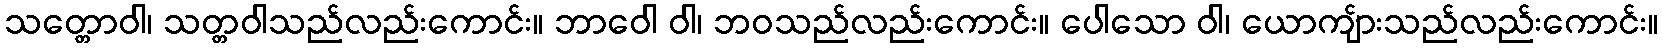
သတ္တောဝါ၊ သတ္တဝါသည်လည်းကောင်း။ ဘာဝေါ ဝါ၊ ဘဝသည်လည်းကောင်း။ ပေါသော ဝါ၊ ယောကျ်ားသည်လည်းကောင်း။